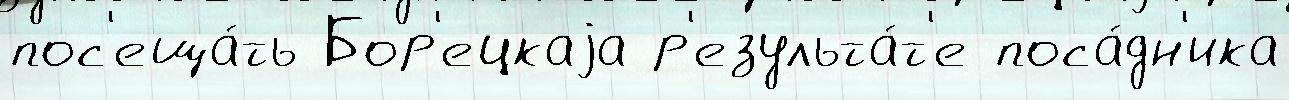
пос'еща́ть Бор'ецкаjа р'езульта́т'е поса́дн'ика